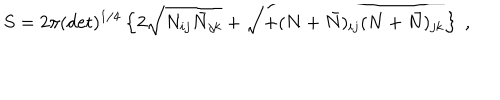
LaTeX: S = 2 \pi ( \det ) ^ { 1 / 4 } \left\{ 2 \sqrt { N _ { i j } \bar { N } _ { j k } } + \sqrt { + ( N + \bar { N } ) _ { i j } ( N + \bar { N } ) _ { j k } } \right\} \ ,